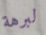
لبرهة